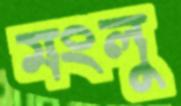
মংলু